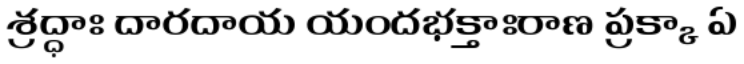
శ్రద్ధాః దారదాయ యందభక్తాఃరాణ ప్రక్కా ఏ